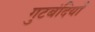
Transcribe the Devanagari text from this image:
गुटबंदियाँ